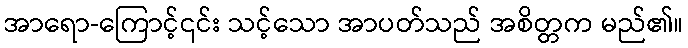
အာရော-ကြောင့်၎င်း သင့်သော အာပတ်သည် အစိတ္တက မည်၏။